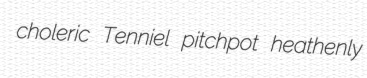
choleric Tenniel pitchpot heathenly